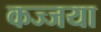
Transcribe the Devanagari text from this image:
कज्जया